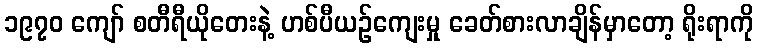
၁၉၇၀ ကျော် စတီရီယိုတေးနဲ့ ဟစ်ပီယဉ်ကျေးမှု ခေတ်စားလာချိန်မှာတော့ ရိုးရာကို